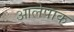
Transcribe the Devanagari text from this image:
आलेपाक